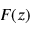
F ( z )